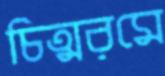
চিত্মরমে